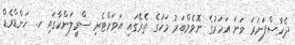
ދެހާސްފަނަރަ ވަނަ އަހަރުގެ ނޮވެމްބަރު މަހުގެ ތެރޭގައި އަވަށްޓެރި ސްރީލަންކާގައި ހ. ހަންޑްރެޑް